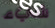
شيء